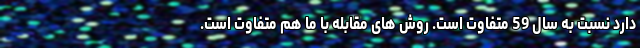
دارد نسبت به سال 59 متفاوت است. روش های مقابله با ما هم متفاوت است.